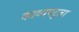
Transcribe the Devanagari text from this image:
काव्यपटुता